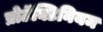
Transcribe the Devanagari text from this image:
प्रोटॅक्टिनियम